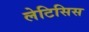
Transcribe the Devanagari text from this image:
लेटिसिस